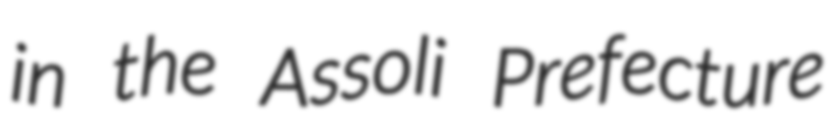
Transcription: in the Assoli Prefecture